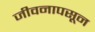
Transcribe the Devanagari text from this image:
जीवनापसून